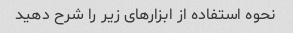
نحوه استفاده از ابزارهای زیر را شرح دهید